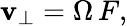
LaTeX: \mathbf{v}_{\perp}=\Omega\, F,